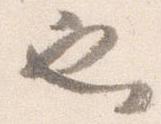
也